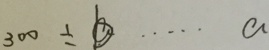
3 0 0 \div b \cdots a